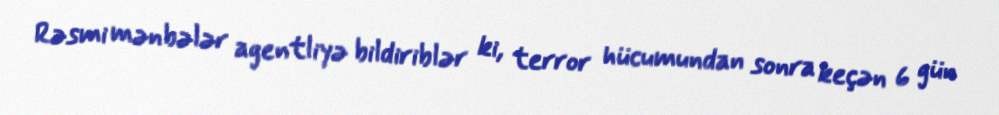
Rəsmi mənbələr agentliyə bildiriblər ki, terror hücumundan sonra keçən 6 gün